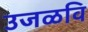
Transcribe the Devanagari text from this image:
उजळवि